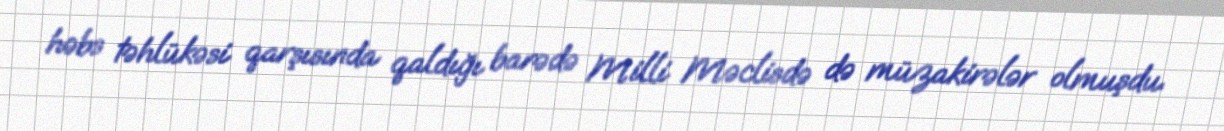
həbs təhlükəsi qarşısında qaldığı barədə Milli Məclisdə də müzakirələr olmuşdu.